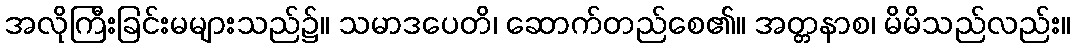
အလိုကြီးခြင်းမများသည်၌။ သမာဒပေတိ၊ ဆောက်တည်စေ၏။ အတ္တနာစ၊ မိမိသည်လည်း။